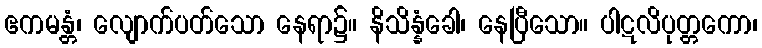
ဧကမန္တံ၊ လျောက်ပတ်သော နေရာ၌။ နိသိန္နံခေါ၊ နေပြီသော။ ပါဋလိပုတ္တကော၊